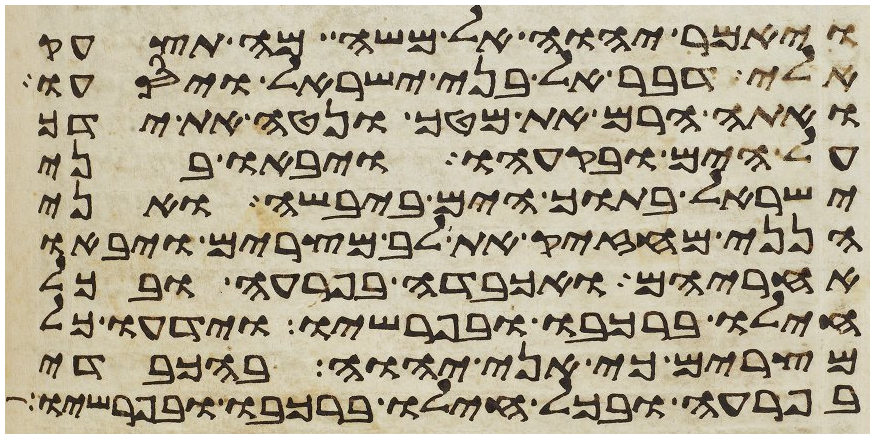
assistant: ויאמר יהוה אל משה מה תצעק
אלי דבר אל בני ישראל ויסעו
ואתה הרם את מטך ונטה את ידך
על הים ובקעהו ויבאו בני
ישראל בתוך הים ביבשה ואני
הנני מחזיק את לב מצרים ויבאו
אחריהם ואכבדה בפרעה ובכל
חילו ברכבו ובפרשיו וידעו כל
מצרים כי אני יהוה בהכבדי
בפרעה ובכל חילו ברכבו ובפרשיו